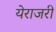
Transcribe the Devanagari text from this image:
येराजरी